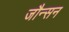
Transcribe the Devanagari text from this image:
जौन्सन